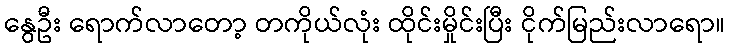
နွေဦး ရောက်လာတော့ တကိုယ်လုံး ထိုင်းမှိုင်းပြီး ငိုက်မြည်းလာရော။